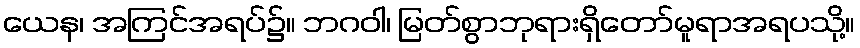
ယေန၊ အကြင်အရပ်၌။ ဘဂဝါ၊ မြတ်စွာဘုရားရှိတော်မူရာအရပသို့။